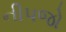
નીપજો